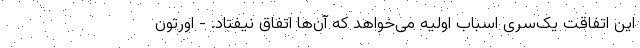
این اتفاقت یک‌سری اسباب اولیه می‌خواهد که آن‌ها اتفاق نیفتاد. - اورتون